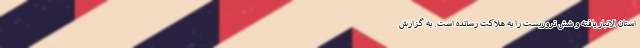
استان الانبار یافته و شش تروریست را به هلاکت رسانده است. به گزارش